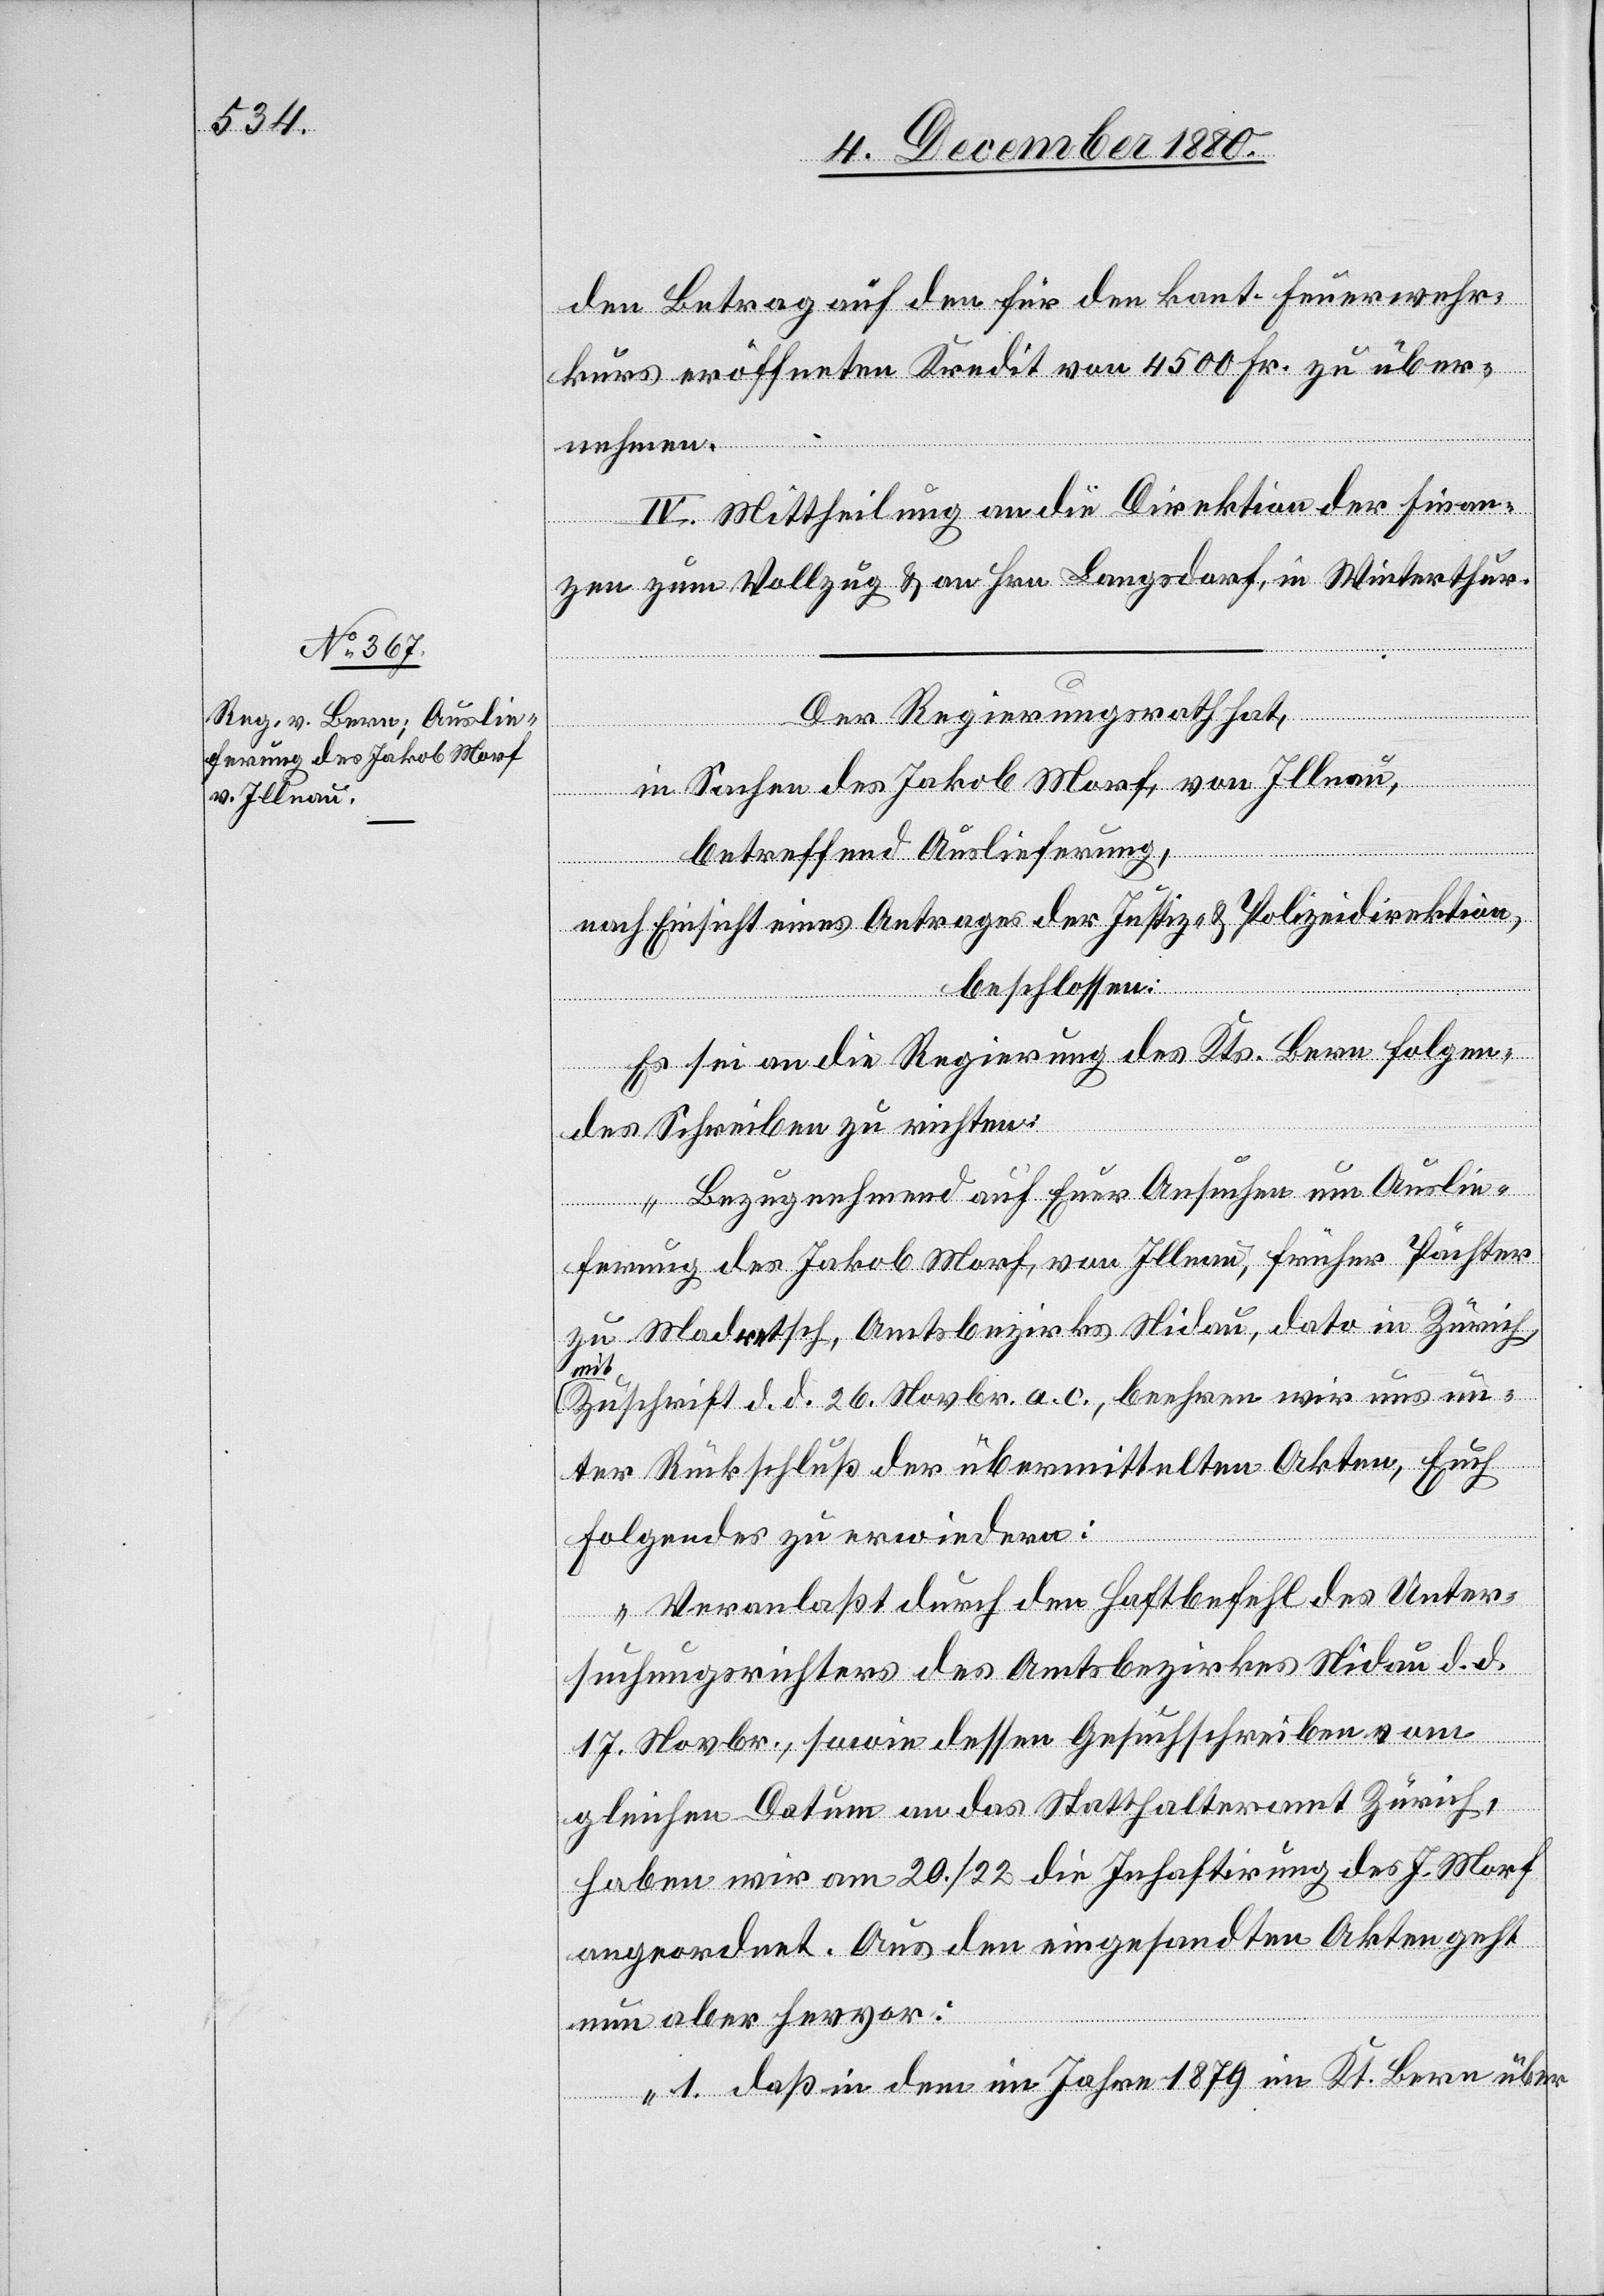
den Betrag auf den für den kant. Feuerwehr¬
kurs eröffneten Kredit von 4500 Fr. zu über¬
nehmen.
IV. Mittheilung an die Direktion der Finan¬
zen zum Vollzug & an Hrn. Langsdorf, in Winterthur.
Der Regierungsrath hat,
in Sachen des Jakob Morf, von Illnau,
betreffend Auslieferung,
nach Einsicht eines Antrages der Justiz- & Polizeidirektion,
beschlossen:
Es sei an die Regierung des Kts. Bern folgen¬
des Schreiben zu richten:
„Bezugnehmend auf Euer Ansuchen um Auslie¬
ferung des Jakob Morf, von Illnau, früher Pächter
zu Madretsch, Amtsbezirk Nidau, dato in Zürich,
mit
Zuschrift d. d. 26. Novbr. a. c., beehren wir uns un¬
ter Rückschluß der übermittelten Akten, Euch
Folgendes zu erwiedern:
„Veranlaßt durch den Haftbefehl des Unter¬
suchungsrichters des Amtsbezirkes Nidau d. d.
17. Novbr., sowie dessen Gesuchschreiben vom
gleichen Datum an das Statthalteramt Zürich,
haben wir am 20./22. die Inhaftirung des J. Morf
angeordnet. Aus den eingesandten Akten geht
nun aber hervor:
1. daß in dem im Jahre 1879 im Kt. Bern über